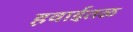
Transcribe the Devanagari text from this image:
हवाईतळ